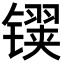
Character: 𬭹